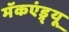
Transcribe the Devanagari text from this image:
मॅकएंड्र्यू